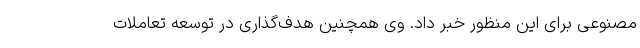
مصنوعی برای این منظور خبر داد. وی همچنین هدف‌گذاری در توسعه تعاملات